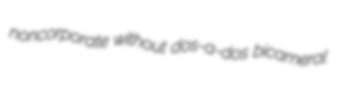
noncorporate without dos-a-dos bicameral